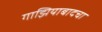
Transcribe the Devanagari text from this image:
गाझियाबादचा